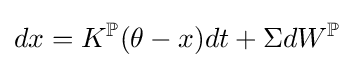
dx=K^{\mathbb {P} }(\theta -x)dt+\Sigma dW^{\mathbb {P} }